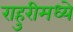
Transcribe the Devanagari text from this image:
राहुरीमध्ये